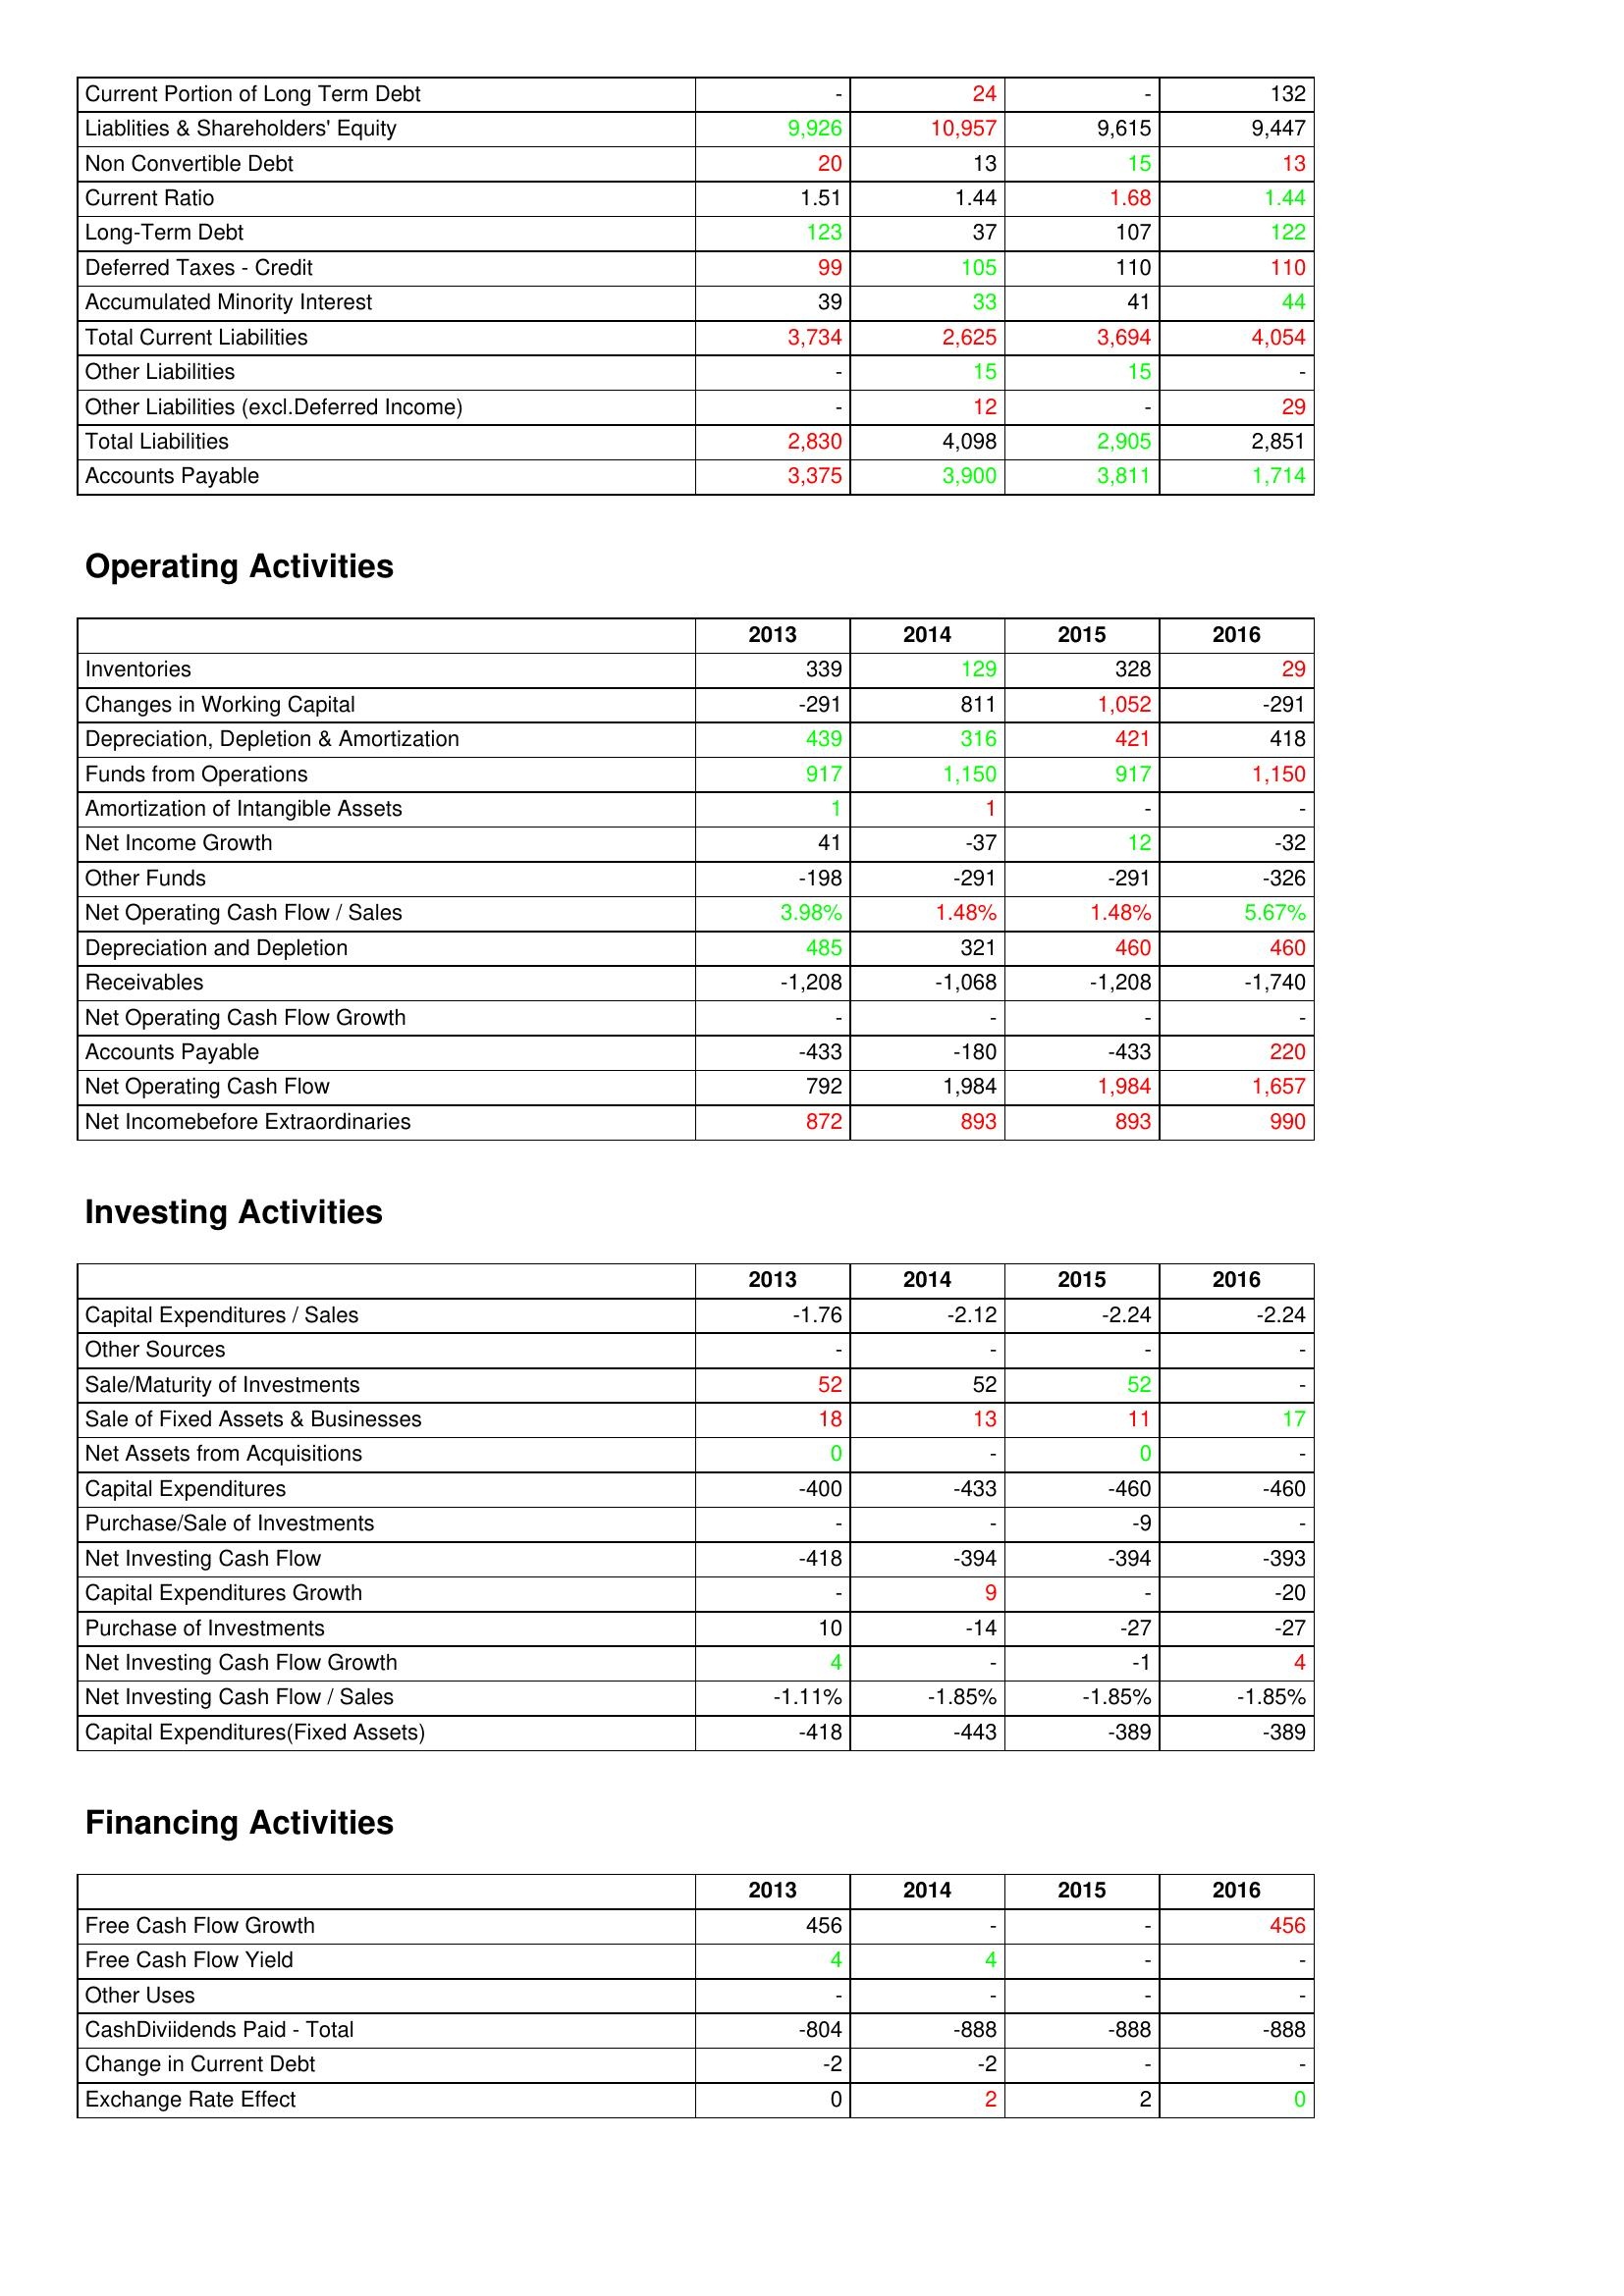
gt_parse: 2013: Liabilities & Shareholder's Equity: Current Portion of Long Term Debt: -
Liablities & Shareholders' Equity: 9,926
Non Convertible Debt: 20
Current Ratio: 1.51
Long-Term Debt: 123
Deferred Taxes - Credit: 99
Accumulated Minority Interest: 39
Total Current Liabilities: 3,734
Other Liabilities: -
Other Liabilities (excl.Deferred Income): -
Total Liabilities: 2,830
Accounts Payable: 3,375
Operating Activities: Inventories: 339
Changes in Working Capital: -291
Depreciation, Depletion & Amortization: 439
Funds from Operations: 917
Amortization of Intangible Assets: 1
Net Income Growth: 41
Other Funds: -198
Net Operating Cash Flow / Sales: 3.98%
Depreciation and Depletion: 485
Receivables: -1,208
Net Operating Cash Flow Growth: -
Accounts Payable: -433
Net Operating Cash Flow: 792
Net Incomebefore Extraordinaries: 872
Investing Activities: Capital Expenditures / Sales: -1.76
Other Sources: -
Sale/Maturity of Investments: 52
Sale of Fixed Assets & Businesses: 18
Net Assets from Acquisitions: 0
Capital Expenditures: -400
Purchase/Sale of Investments: -
Net Investing Cash Flow: -418
Capital Expenditures Growth: -
Purchase of Investments: 10
Net Investing Cash Flow Growth: 4
Net Investing Cash Flow / Sales: -1.11%
Capital Expenditures(Fixed Assets): -418
Financing Activities: Free Cash Flow Growth: 456
Free Cash Flow Yield: 4
Other Uses: -
CashDiviidends Paid - Total: -804
Change in Current Debt: -2
Exchange Rate Effect: 0
2014: Liabilities & Shareholder's Equity: Current Portion of Long Term Debt: 24
Liablities & Shareholders' Equity: 10,957
Non Convertible Debt: 13
Current Ratio: 1.44
Long-Term Debt: 37
Deferred Taxes - Credit: 105
Accumulated Minority Interest: 33
Total Current Liabilities: 2,625
Other Liabilities: 15
Other Liabilities (excl.Deferred Income): 12
Total Liabilities: 4,098
Accounts Payable: 3,900
Operating Activities: Inventories: 129
Changes in Working Capital: 811
Depreciation, Depletion & Amortization: 316
Funds from Operations: 1,150
Amortization of Intangible Assets: 1
Net Income Growth: -37
Other Funds: -291
Net Operating Cash Flow / Sales: 1.48%
Depreciation and Depletion: 321
Receivables: -1,068
Net Operating Cash Flow Growth: -
Accounts Payable: -180
Net Operating Cash Flow: 1,984
Net Incomebefore Extraordinaries: 893
Investing Activities: Capital Expenditures / Sales: -2.12
Other Sources: -
Sale/Maturity of Investments: 52
Sale of Fixed Assets & Businesses: 13
Net Assets from Acquisitions: -
Capital Expenditures: -433
Purchase/Sale of Investments: -
Net Investing Cash Flow: -394
Capital Expenditures Growth: 9
Purchase of Investments: -14
Net Investing Cash Flow Growth: -
Net Investing Cash Flow / Sales: -1.85%
Capital Expenditures(Fixed Assets): -443
Financing Activities: Free Cash Flow Growth: -
Free Cash Flow Yield: 4
Other Uses: -
CashDiviidends Paid - Total: -888
Change in Current Debt: -2
Exchange Rate Effect: 2
2015: Liabilities & Shareholder's Equity: Current Portion of Long Term Debt: -
Liablities & Shareholders' Equity: 9,615
Non Convertible Debt: 15
Current Ratio: 1.68
Long-Term Debt: 107
Deferred Taxes - Credit: 110
Accumulated Minority Interest: 41
Total Current Liabilities: 3,694
Other Liabilities: 15
Other Liabilities (excl.Deferred Income): -
Total Liabilities: 2,905
Accounts Payable: 3,811
Operating Activities: Inventories: 328
Changes in Working Capital: 1,052
Depreciation, Depletion & Amortization: 421
Funds from Operations: 917
Amortization of Intangible Assets: -
Net Income Growth: 12
Other Funds: -291
Net Operating Cash Flow / Sales: 1.48%
Depreciation and Depletion: 460
Receivables: -1,208
Net Operating Cash Flow Growth: -
Accounts Payable: -433
Net Operating Cash Flow: 1,984
Net Incomebefore Extraordinaries: 893
Investing Activities: Capital Expenditures / Sales: -2.24
Other Sources: -
Sale/Maturity of Investments: 52
Sale of Fixed Assets & Businesses: 11
Net Assets from Acquisitions: 0
Capital Expenditures: -460
Purchase/Sale of Investments: -9
Net Investing Cash Flow: -394
Capital Expenditures Growth: -
Purchase of Investments: -27
Net Investing Cash Flow Growth: -1
Net Investing Cash Flow / Sales: -1.85%
Capital Expenditures(Fixed Assets): -389
Financing Activities: Free Cash Flow Growth: -
Free Cash Flow Yield: -
Other Uses: -
CashDiviidends Paid - Total: -888
Change in Current Debt: -
Exchange Rate Effect: 2
2016: Liabilities & Shareholder's Equity: Current Portion of Long Term Debt: 132
Liablities & Shareholders' Equity: 9,447
Non Convertible Debt: 13
Current Ratio: 1.44
Long-Term Debt: 122
Deferred Taxes - Credit: 110
Accumulated Minority Interest: 44
Total Current Liabilities: 4,054
Other Liabilities: -
Other Liabilities (excl.Deferred Income): 29
Total Liabilities: 2,851
Accounts Payable: 1,714
Operating Activities: Inventories: 29
Changes in Working Capital: -291
Depreciation, Depletion & Amortization: 418
Funds from Operations: 1,150
Amortization of Intangible Assets: -
Net Income Growth: -32
Other Funds: -326
Net Operating Cash Flow / Sales: 5.67%
Depreciation and Depletion: 460
Receivables: -1,740
Net Operating Cash Flow Growth: -
Accounts Payable: 220
Net Operating Cash Flow: 1,657
Net Incomebefore Extraordinaries: 990
Investing Activities: Capital Expenditures / Sales: -2.24
Other Sources: -
Sale/Maturity of Investments: -
Sale of Fixed Assets & Businesses: 17
Net Assets from Acquisitions: -
Capital Expenditures: -460
Purchase/Sale of Investments: -
Net Investing Cash Flow: -393
Capital Expenditures Growth: -20
Purchase of Investments: -27
Net Investing Cash Flow Growth: 4
Net Investing Cash Flow / Sales: -1.85%
Capital Expenditures(Fixed Assets): -389
Financing Activities: Free Cash Flow Growth: 456
Free Cash Flow Yield: -
Other Uses: -
CashDiviidends Paid - Total: -888
Change in Current Debt: -
Exchange Rate Effect: 0